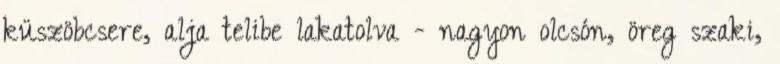
küszöbcsere, alja telibe lakatolva - nagyon olcsón, öreg szaki,